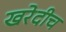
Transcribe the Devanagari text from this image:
खरेदीच